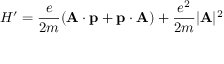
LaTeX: H ^ { \prime } = { \frac { e } { 2 m } } ( \mathbf { A } \cdot \mathbf { p } + \mathbf { p } \cdot \mathbf { A } ) + { \frac { e ^ { 2 } } { 2 m } } | \mathbf { A } | ^ { 2 }